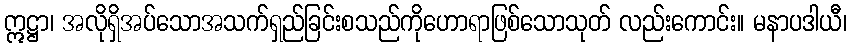
ဣဋ္ဌာ၊ အလိုရှိအပ်သောအသက်ရှည်ခြင်းစသည်ကိုဟောရာဖြစ်သောသုတ် လည်းကောင်း။ မနာပဒါယီ၊